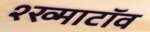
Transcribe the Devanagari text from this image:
श्ख्माटॉव